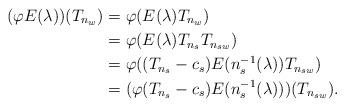
LaTeX: \begin{align*}(\varphi E(\lambda))(T_{n_w}) & = \varphi(E(\lambda)T_{n_w})\\& = \varphi(E(\lambda)T_{n_s}T_{n_{sw}})\\& = \varphi((T_{n_s} - c_s)E(n_s^{-1}(\lambda))T_{n_{sw}})\\& = (\varphi(T_{n_s} - c_s)E(n_s^{-1}(\lambda)))(T_{n_{sw}}).\end{align*}